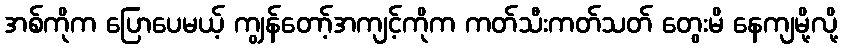
အစ်ကိုက ပြောပေမယ့် ကျွန်တော့်အကျင့်ကိုက ကတ်သီးကတ်သတ် တွေးမိ နေကျမို့လို့